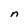
Character: n